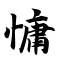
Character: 慵